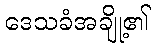
ဒေသခံအချို့၏